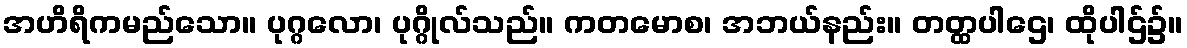
အဟိရိကမည်သော။ ပုဂ္ဂလော၊ ပုဂ္ဂိုလ်သည်။ ကတမောစ၊ အဘယ်နည်း။ တတ္ထပါဌေ၊ ထိုပါဌ်၌။